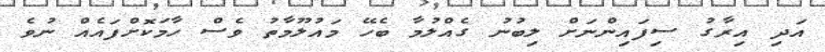
އަދި އިރާގު ސިފައިންނަށް ލިބުނު ގެއްލުމާ ބެހޭ މައުލޫމާތު ވެސް ހާމަކޮށްފައެއް ނުވެ